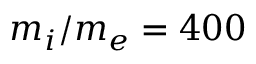
m _ { i } / m _ { e } = 4 0 0